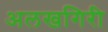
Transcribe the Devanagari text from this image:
अलखगिरी